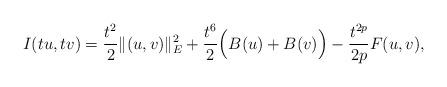
LaTeX: \begin{align*}I(tu,tv)=\frac{t^{2}}{2}\|(u,v)\|_{E}^{2}+\frac{t^{6}}{2}\Big(B(u)+B(v)\Big)-\frac{t^{2p}}{2p}F(u,v),\end{align*}